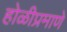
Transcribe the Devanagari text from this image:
होळीप्रमाणे